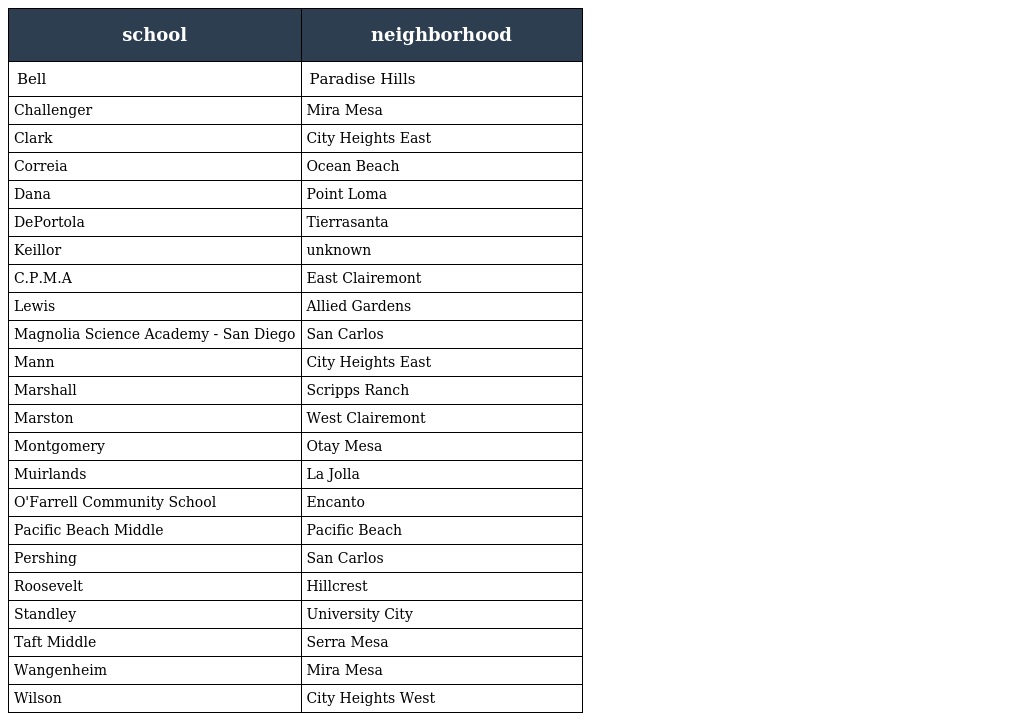
| school | neighborhood |
 | --- | --- |
 | Bell | Paradise Hills |
 | Challenger | Mira Mesa |
 | Clark | City Heights East |
 | Correia | Ocean Beach |
 | Dana | Point Loma |
 | DePortola | Tierrasanta |
 | Keillor | unknown |
 | C.P.M.A | East Clairemont |
 | Lewis | Allied Gardens |
 | Magnolia Science Academy - San Diego | San Carlos |
 | Mann | City Heights East |
 | Marshall | Scripps Ranch |
 | Marston | West Clairemont |
 | Montgomery | Otay Mesa |
 | Muirlands | La Jolla |
 | O'Farrell Community School | Encanto |
 | Pacific Beach Middle | Pacific Beach |
 | Pershing | San Carlos |
 | Roosevelt | Hillcrest |
 | Standley | University City |
 | Taft Middle | Serra Mesa |
 | Wangenheim | Mira Mesa |
 | Wilson | City Heights West |